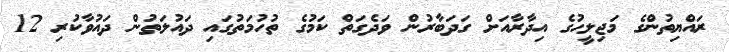
ރައްޔިތުންގެ މަޖިލީހުގެ އިދާރާއަށް ގަދަބާރުން ވަދެގަތް ކަމުގެ ތުހުމަތުގައި ދައުލަތުން ދައުވާކުރި 12